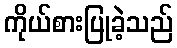
ကိုယ်စားပြုခဲ့သည်